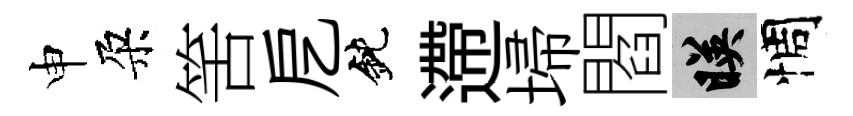
申朶筈戹鈍遰埽閻映惆